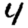
Digit: 4